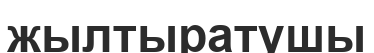
жылтыратушы